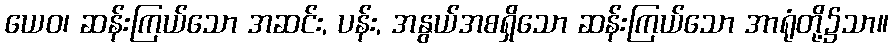
ယေဝ၊ ဆန်းကြယ်သော အဆင်း, ပန်း, အနွယ်အစရှိသော ဆန်းကြယ်သော အာရုံတို့၌သာ။